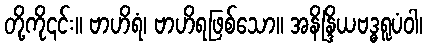
တို့ကို၎င်း။ ဗာဟိရံ၊ ဗာဟိရဖြစ်သော။ အနိန္ဒြိယဗဒ္ဓရူပံဝါ၊